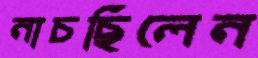
নাচছিলেন